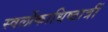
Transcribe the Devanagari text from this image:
स्वर्लोकाधिष्ठात्रीं